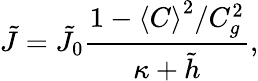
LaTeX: \tilde{J}=\tilde{J}_{0}\frac{1-\left\langle C\right\rangle^{2}/C_{g}^{2}}{\kappa+\tilde{h}},